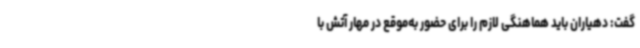
گفت: دهیاران باید هماهنگی لازم را برای حضور به‌موقع در مهار آتش با